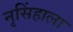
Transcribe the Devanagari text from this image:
नृसिंहाला